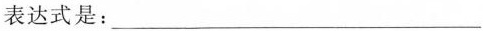
表达式是：___